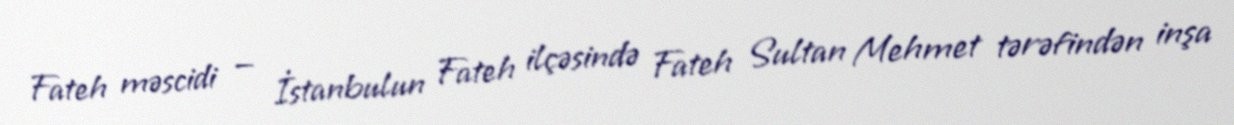
Fateh məscidi — İstanbulun Fateh ilçəsində Fateh Sultan Mehmet tərəfindən inşa